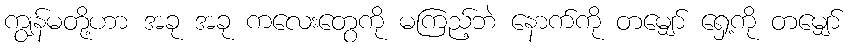
ကျွန်မတို့ဟာ အခု အခု ကလေးတွေကို မကြည့်ဘဲ နောက်ကို တမျှော် ရှေ့ကို တမျှော်